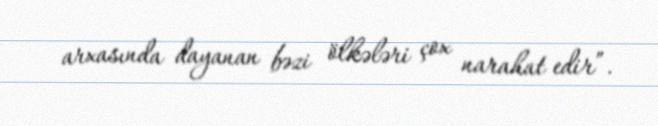
arxasında dayanan bəzi ölkələri çox narahat edir”.